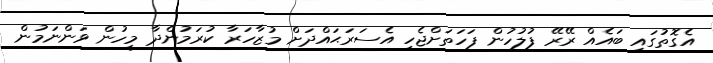
އެގޮތުގައި ބައެއް ރޭރޭ ފުލުހުން ފަހަތަށްޖެހި އެސަރަޙައްދަށް މުޒާހަރާ ކުރަމުންދާ މީހުން ވަންނަމުން